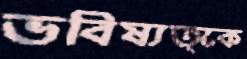
ভবিষ্যত্কে